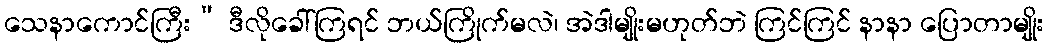
သေနာကောင်ကြီး” ဒီလိုခေါ်ကြရင် ဘယ်ကြိုက်မလဲ၊ အဲဒါမျိုးမဟုတ်ဘဲ ကြင်ကြင် နာနာ ပြောတာမျိုး